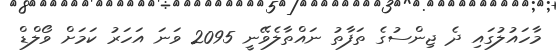
މާހައުލުގައި ދެ ޖިންސުގެ ތަފާތު ނައްތާލެވޭނީ 2095 ވަނަ އަހަރު ކަމަށް ވޯލްޑް